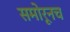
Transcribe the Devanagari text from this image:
समोरूनच